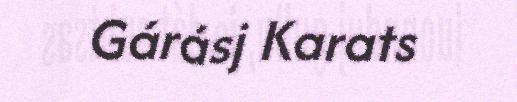
Gárásj Karats